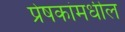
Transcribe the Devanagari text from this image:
प्रेषकांमधील